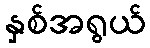
နှစ်အရွယ်